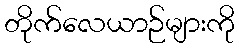
တိုက်လေယာဉ်များကို